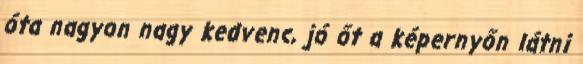
óta nagyon nagy kedvenc, jó őt a képernyőn látni